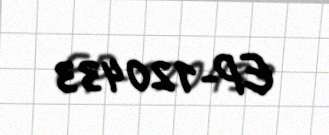
EP-120433